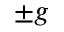
\pm g